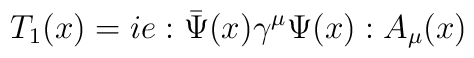
T_1 (x) = ie:\bar{\Psi}(x) \gamma^\mu \Psi(x): A_\mu(x)